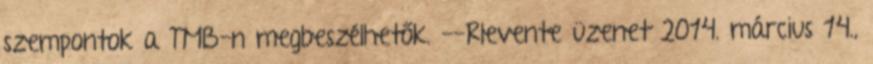
szempontok a TMB-n megbeszélhetők. --Rlevente üzenet 2014. március 14.,